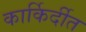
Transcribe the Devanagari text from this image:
कार्किर्दीत